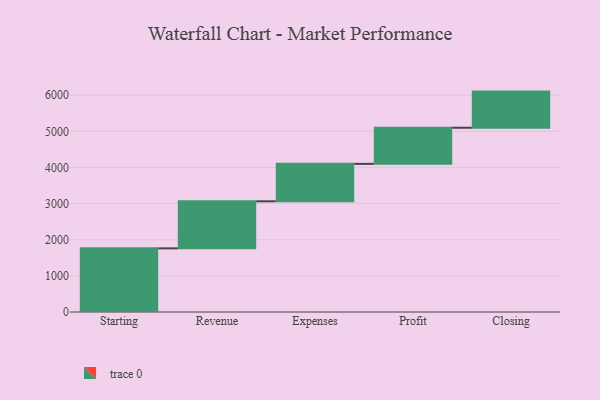
{"axis": {"x": "Step", "y": "Value"}, "legend": [""], "data": [{"x": "Starting", "y": 1761.0, "type": ""}, {"x": "Revenue", "y": 1302.0, "type": ""}, {"x": "Expenses", "y": 1036.0, "type": ""}, {"x": "Profit", "y": 1000, "type": ""}, {"x": "Closing", "y": 1000, "type": ""}]}